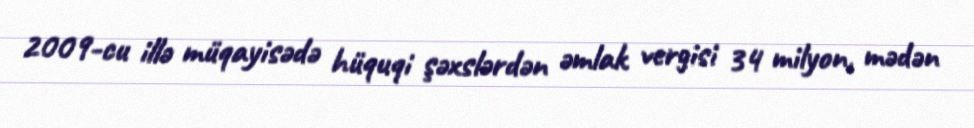
2009-cu illə müqayisədə hüquqi şəxslərdən əmlak vergisi 34 milyon, mədən